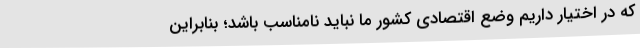
که در اختیار داریم وضع اقتصادی کشور ما نباید نامناسب باشد؛ بنابراین